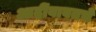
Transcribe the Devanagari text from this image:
आदींबाबतचे